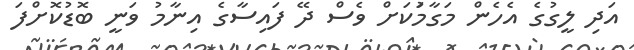
އަދި ލީގުގެ އެހެން މަގާމުަކަށް ވެސް ދޭ ފައިސާގެ އިނާމު ވަނީ ބޮޑުކޮށްފަ